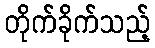
တိုက်ခိုက်သည့်